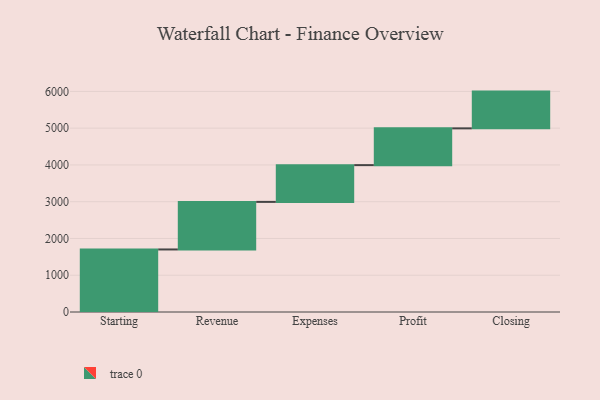
{"axis": {"x": "Step", "y": "Value"}, "legend": [""], "data": [{"x": "Starting", "y": 1701.0, "type": ""}, {"x": "Revenue", "y": 1294.0, "type": ""}, {"x": "Expenses", "y": 1000, "type": ""}, {"x": "Profit", "y": 1000, "type": ""}, {"x": "Closing", "y": 1000, "type": ""}]}